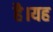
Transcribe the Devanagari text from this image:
हैै।यह